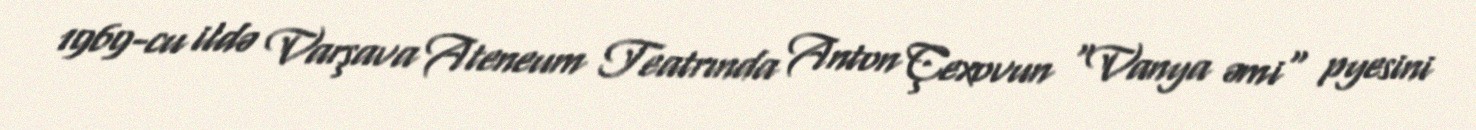
1969-cu ildə Varşava Ateneum Teatrında Anton Çexovun "Vanya əmi" pyesini